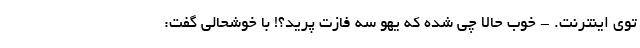
توی اینترنت. - خوب حالا چی شده که یهو سه فازت پرید؟! با خوشحالی گفت: